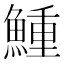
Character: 䱰